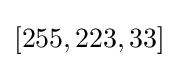
[255,223,33]